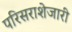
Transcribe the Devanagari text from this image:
परिसराशेजारी